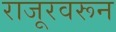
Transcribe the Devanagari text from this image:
राजूरवरून